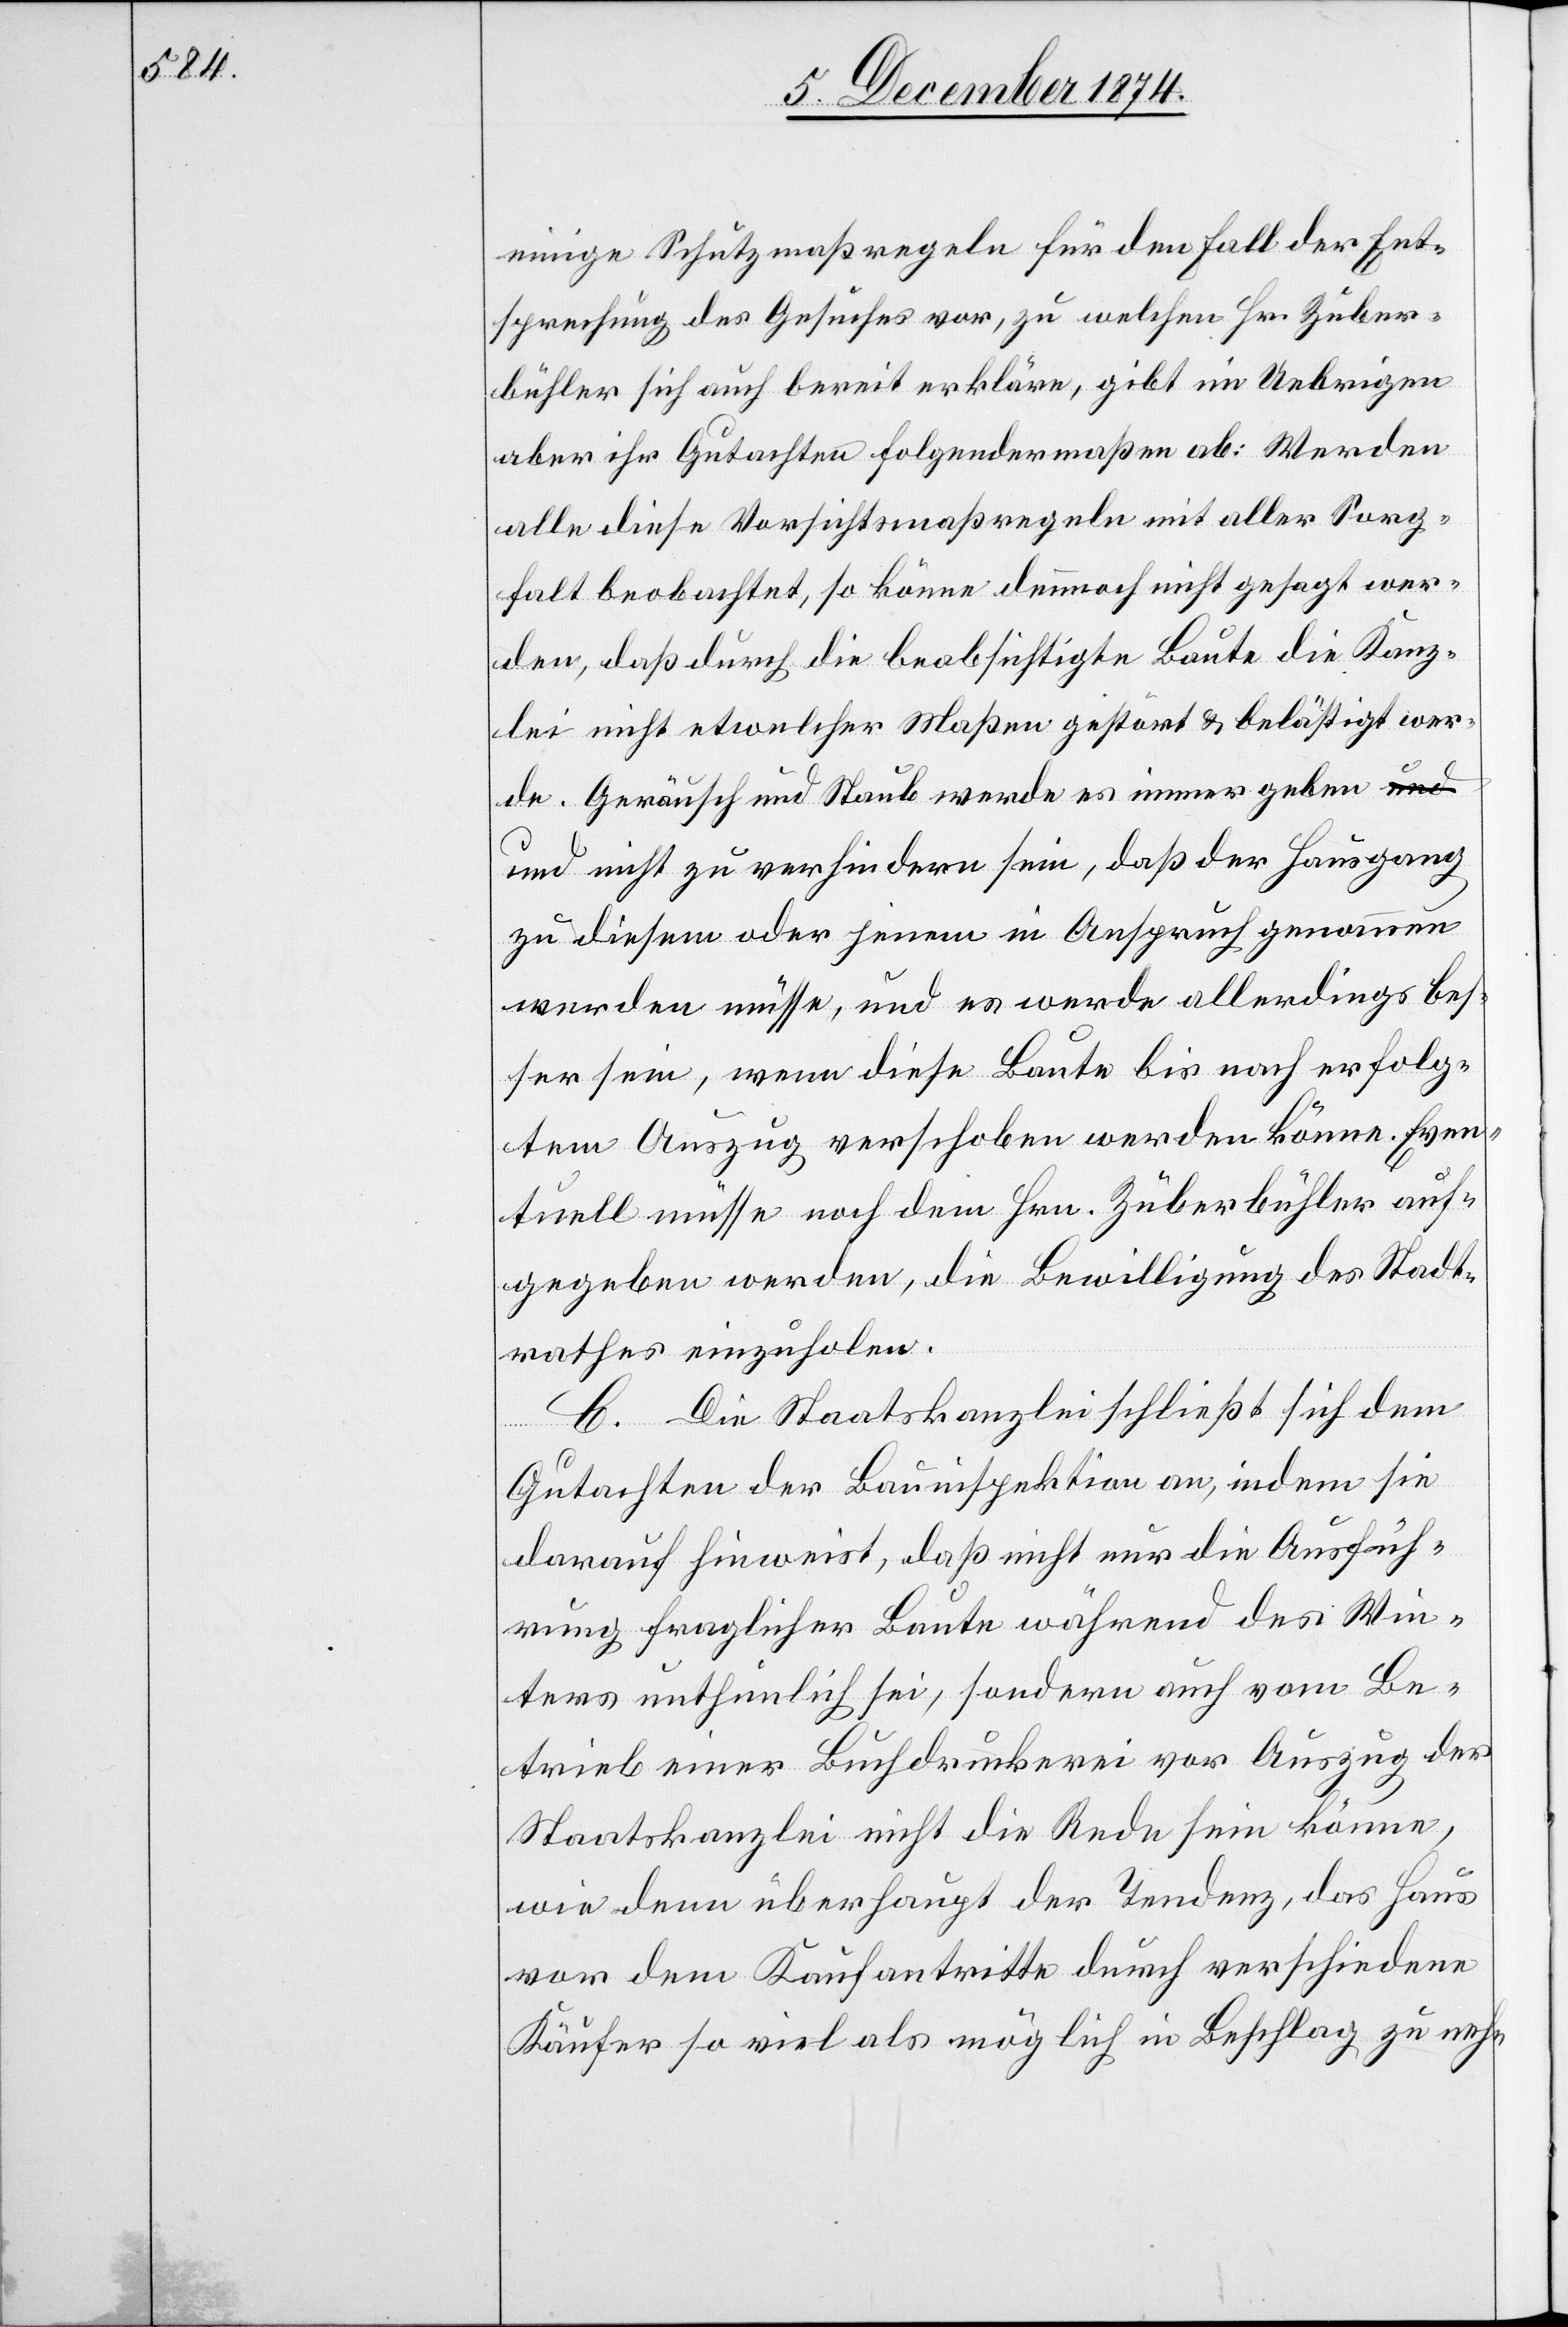
einige Schutzmaßregeln für den Fall der Ent¬
sprechung des Gesuches vor, zu welchen Hr. Zuber¬
bühler sich auch bereit erkläre, gibt im Uebrigen
aber ihr Gutachten folgendermaßen ab: Werden
alle diese Vorsichtsmaßregeln mit aller Sorg¬
falt beobachtet, so könne dennoch nicht gesagt wer¬
den, daß durch die beabsichtigte Baute die Kanz¬
lei nicht etwelcher Maßen gestört & belästigt wer¬
de. Geräusch und Staub werde es immer geben u¬
nd nicht zu verhindern sein, daß der Hausgang
zu diesem oder jenem in Anspruch genommen
werden müsse, und es werde allerdings bes¬
ser sein, wenn diese Baute bis nach erfolg¬
tem Auszug verschoben werden könne. Even¬
tuell müsse noch dem Hrn. Zuberbühler auf¬
gegeben werden, die Bewilligung des Stadt¬
rathes einzuholen.
C. Die Staatskanzlei schließt sich dem
Gutachten der Bauinspektion an, indem sie
darauf hinweist, daß nicht nur die Ausfüh¬
rung fraglicher Baute während des Win¬
ters unthunlich sei, sondern auch vom Be¬
trieb einer Buchdruckerei vor Auszug der
Staatskanzlei nicht die Rede sein könne,
wie denn überhaupt der Tendenz, das Haus
vor dem Kaufantritte durch verschiedene
Käufer so viel als möglich in Beschlag zu neh-